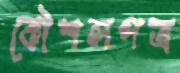
কৌশলপত্র